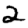
Digit: 2